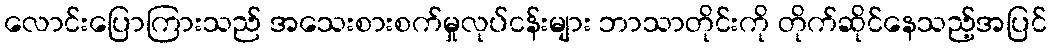
လောင်းပြောကြားသည် အသေးစားစက်မှုလုပ်ငန်းများ ဘာသာတိုင်းကို တိုက်ဆိုင်နေသည့်အပြင်